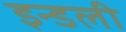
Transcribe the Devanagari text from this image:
इन्डली